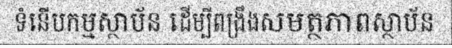
ទំនើបកម្មស្ថាប័ន ដើម្បីពង្រឹងសមត្ថភាពស្ថាប័ន